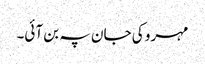
مہرو کی جان پہ بن آئی۔